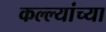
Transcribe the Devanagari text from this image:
कल्ल्यांच्या